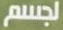
لجسم